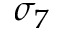
\sigma _ { 7 }